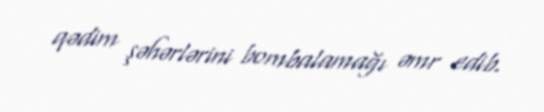
qədim şəhərlərini bombalamağı əmr edib.